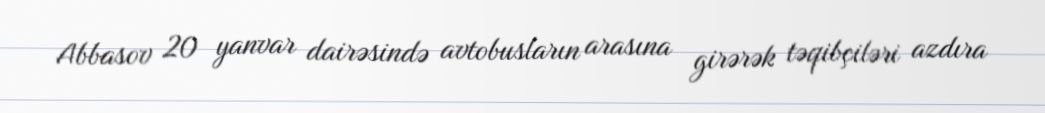
Abbasov 20 yanvar dairəsində avtobusların arasına girərək təqibçiləri azdıra